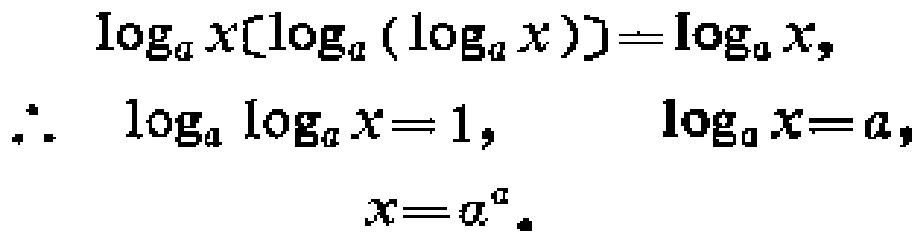
\[\begin{align*}
\log_{a}x[\log_{a}(\log_{a}x)]&=\log_{a}x,\\
\therefore\ \log_{a}\log_{a}x&=1,\quad \log_{a}x = a,\\
x&=a^{a}.
\end{align*}\]